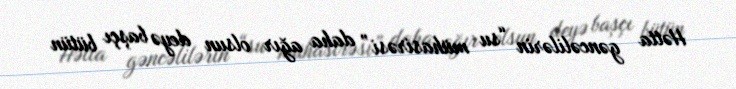
Hətta gəncəlilərin “su mühasirəsi” daha ağır olsun deyə başçı bütün